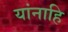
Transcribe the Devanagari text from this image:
यांनाहि